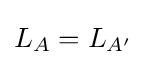
L_{A}=L_{A'}